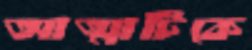
আত্মাটিকে